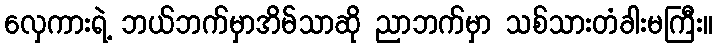
လှေကားရဲ့ ဘယ်ဘက်မှာအိမ်သာဆို ညာဘက်မှာ သစ်သားတံခါးမကြီး။